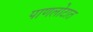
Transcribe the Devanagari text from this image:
पाणलोटात